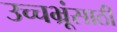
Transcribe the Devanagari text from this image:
उच्चभ्रूंसाठी